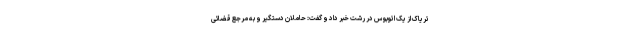
تریاک از یک اتوبوس در رشت خبر داد و گفت: حاملان دستگیر و به مرجع قضائی